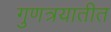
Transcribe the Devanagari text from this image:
गुणत्रयातीत